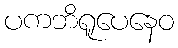
ပကဘိရူပေနေဝ